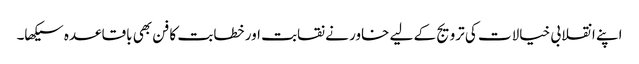
اپنے انقلابی خیالات کی ترویج کے لیے خاور نے نقابت اور خطابت کا فن بھی باقاعدہ سیکھا۔